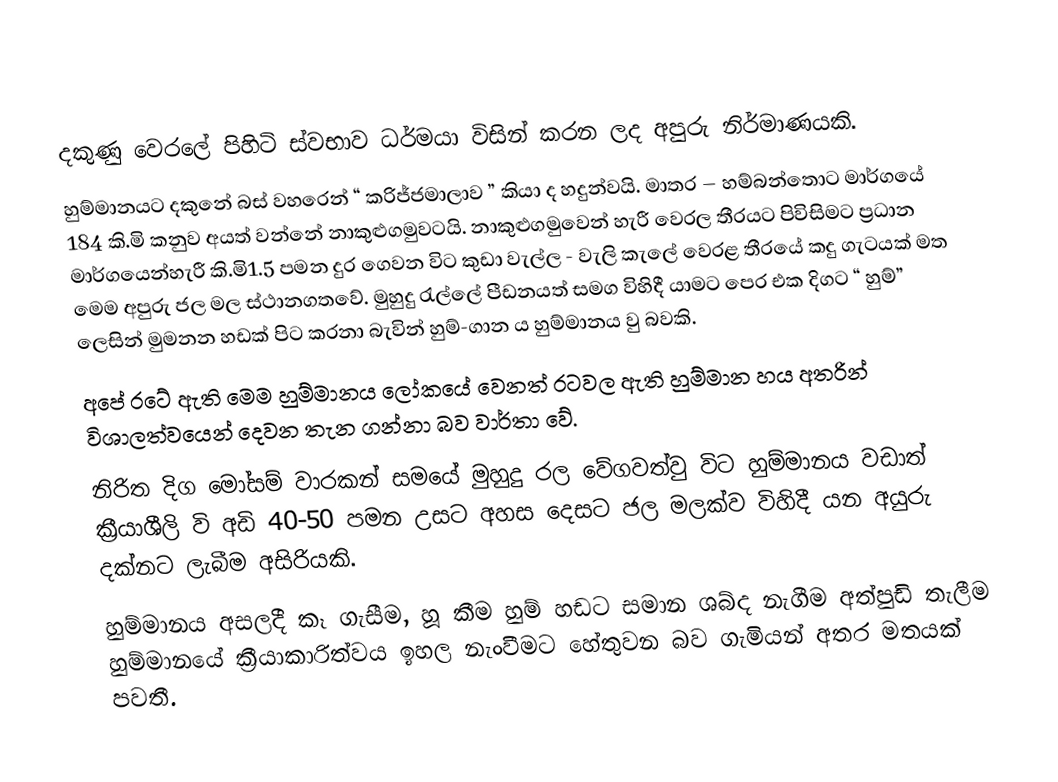
දකුණු වෙරලේ පිහිටි ස්වභාව ධර්මයා විසින් කරන ලද අපුරු නිර්මාණයකි.
හුම්මානයට දකුනේ බස් වහරෙන් “ කරිජ්ජමාලාව ” කියා ද හදුන්වයි. මාතර – හම්බන්තොට මාර්ගයේ 184 කි.මි කනුව අයත් වන්නේ නාකුළුගමුවටයි. නාකුළුගමුවෙන් හැරී වෙරල තීරයට පිවිසිමට ප්‍රධාන මාර්ගයෙන්හැරී කි.මි1.5 පමන දුර ගෙවන විට කුඩා වැල්ල - වැලි කැලේ වෙරළ තීරයේ කදු ගැටයක් මත මෙම අපුරු ජල මල ස්ථානගතවේ. මුහුදු රැල්ලේ පීඩනයත් සමග විහිදී යාමට පෙර එක දිගට “ හුම්” ලෙසින් මුමනන හඩක් පිට කරනා බැවින් හුම්-ගාන ය හුම්මානය වු බවකි.
අපේ රටේ ඇති මෙම හුම්මානය ලෝකයේ වෙනත් රටවල ඇති හුම්මාන හය අතරින් විශාලත්වයෙන් දෙවන තැන ගන්නා බව වාර්තා වේ.
නිරිත දිග මෝසම් වාරකන් සමයේ මුහුදු රල වේගවත්වු විට හුම්මානය වඩාත් ක්‍රීයාශීලි වි අඩි 40-50 පමන උසට අහස දෙසට ජල මලක්ව විහිදී යන අයුරු දක්නට ලැබීම අසිරියකි.
හුම්මානය අසලදී කෑ ගැසීම, හූ කීම හුම් හඩට සමාන ශබ්ද නැගීම අත්පුඩි තැලීම හුම්මානයේ ක්‍රීයාකාරිත්වය ඉහල නැංවීමට හේතුවන බව ගැමියන් අතර මතයක් පවතී.